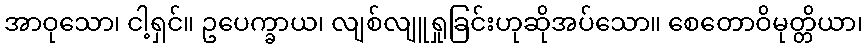
အာဝုသော၊ ငါ့ရှင်။ ဥပေက္ခာယ၊ လျစ်လျူရှုခြင်းဟုဆိုအပ်သော။ စေတောဝိမုတ္တိယာ၊